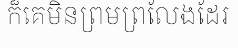
ក៏គេមិនព្រមព្រលែងដែរ